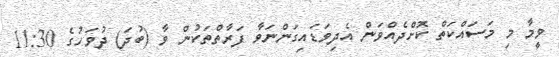
ވީމާ މި މަސައްކަތް ކޮށްދެއްވަން އެދިވަޑައިގަންނަވާ ފަރާތްތަކުން ވާ (ބުދަ) ދުވަހުގެ 11:30